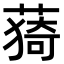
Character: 𦸒